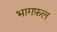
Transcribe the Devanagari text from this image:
भागफ़ल